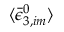
\langle \bar { \epsilon } _ { 3 , i m } ^ { 0 } \rangle